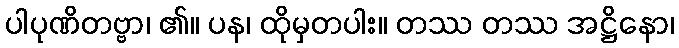
ပါပုဏိတဗ္ဗာ၊ ၏။ ပန၊ ထိုမှတပါး။ တဿ တဿ အဋ္ဌိနော၊